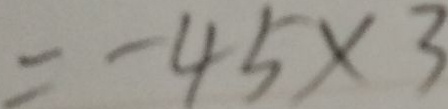
= - 4 5 \times 3